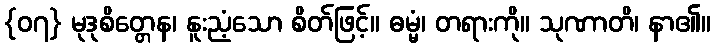
{၀၇} မုဒုစိတ္တေန၊ နူးညံ့သော စိတ်ဖြင့်။ ဓမ္မံ၊ တရားကို။ သုဏာတိ၊ နာ၏။